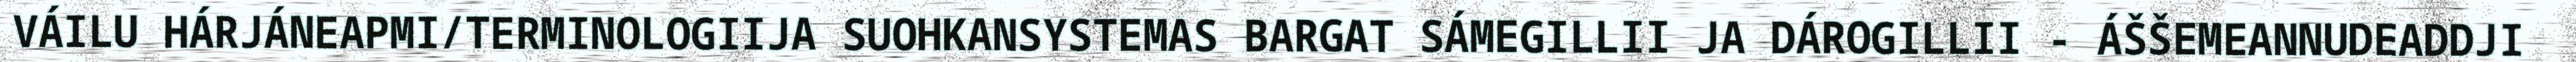
VÁILU HÁRJÁNEAPMI/TERMINOLOGIIJA SUOHKANSYSTEMAS BARGAT SÁMEGILLII JA DÁROGILLII - ÁŠŠEMEANNUDEADDJI